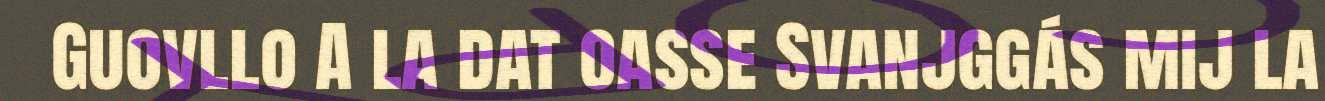
Guovllo A la dat oasse Svanjggás mij la